Leningradi_Edasi_toimetus, lk 214
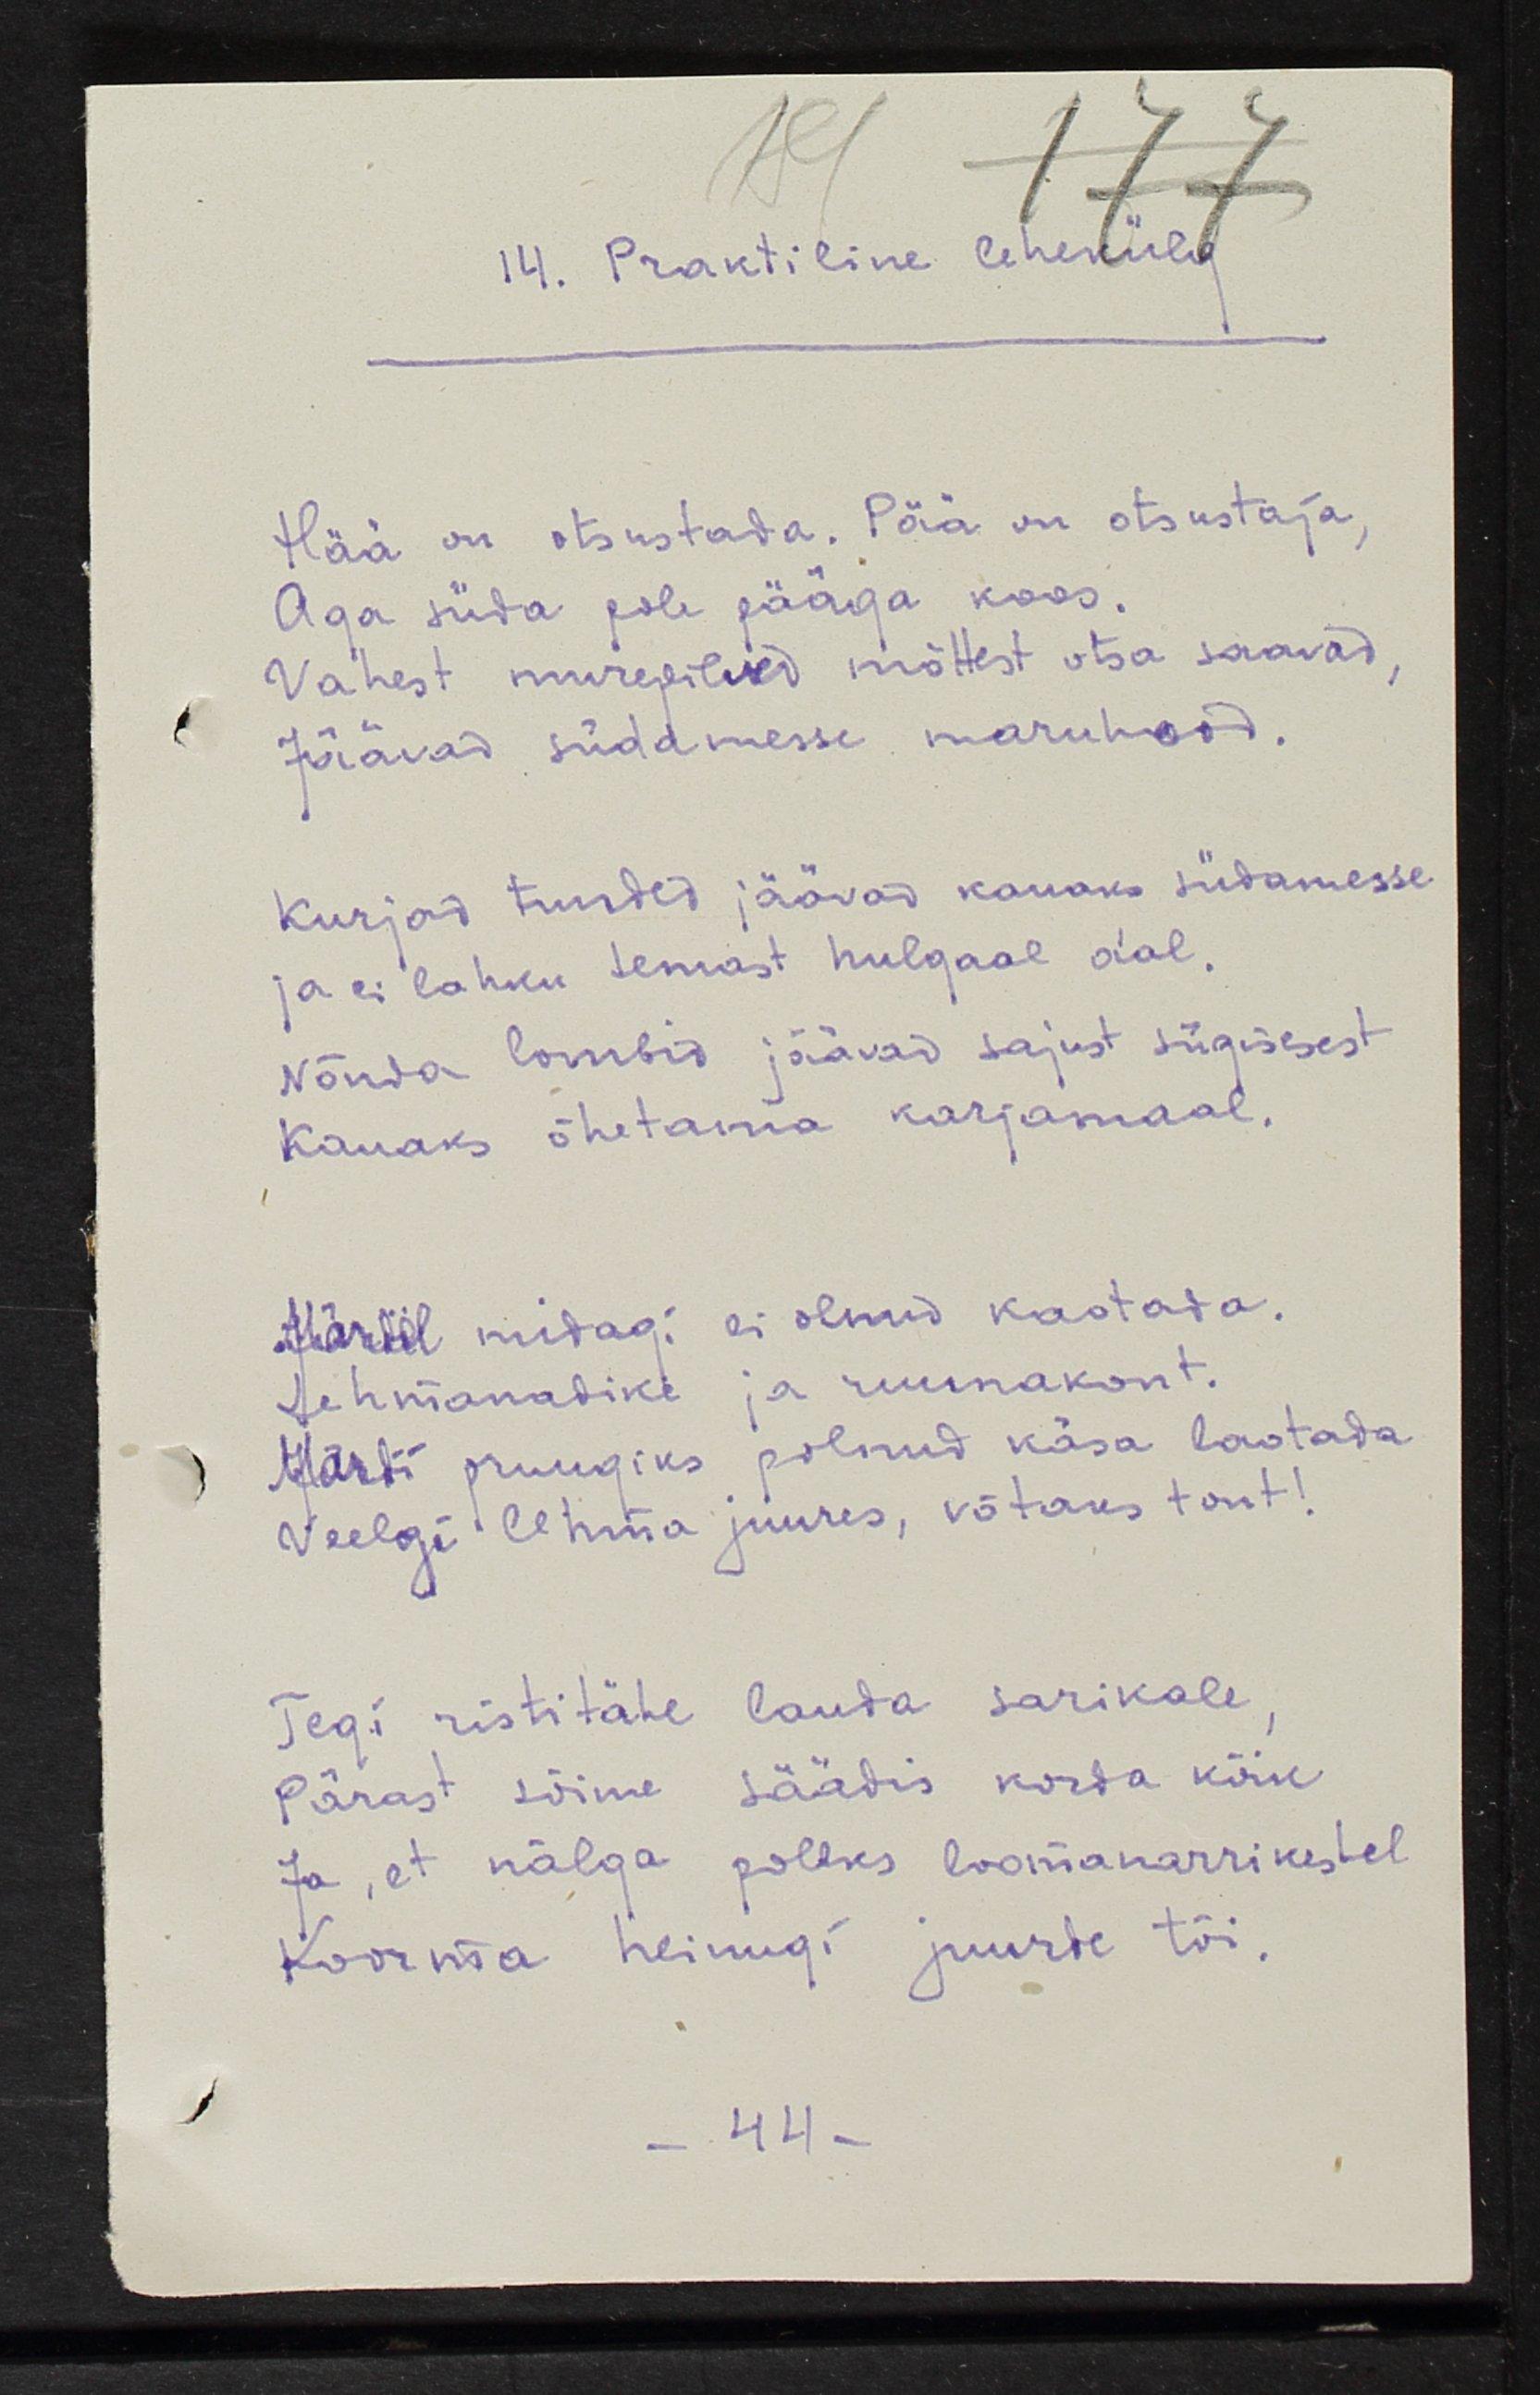
14. Praktiline lehekülg
Hää on otsustada. Pää on otsustaja,
Aga süda pole pääga koos.
Vahest murepilved mõttest otsa saavad,
Jäävad südamesse maruhood.
Kurjad tunded jäävad kauaks südamesse
ja ei lahku temast hulgaal a'al.
Nõnda lombid jäävad sajust sügisest
Kauaks õhetama karjamaal.
Märdil midagi ei olnud kaotada.
Lehmanadike ja ruunakont.
Märdi pruugiks polnud käsa laotada
Veelgi lehma juures, võtaks tont!
Tegi ristitähe lauda sarikale,
Pärast sõime säädis korda kõik
Ja, et nälga poleks loomanarrikestel
Koorma heinugi juurde tõi: